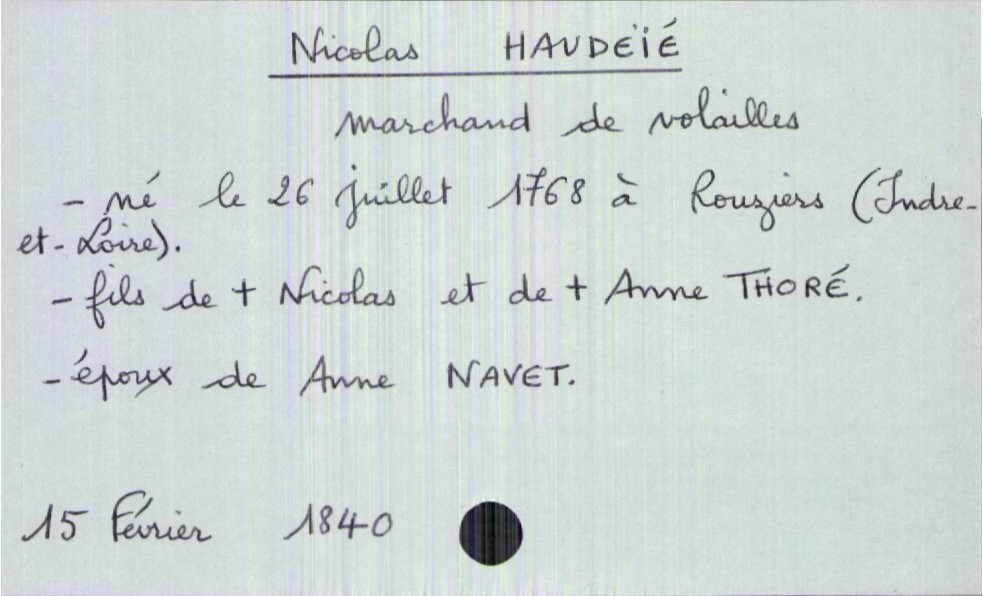
type_acte: Décès
année: 1840
mois: février
jour: 15
défunt_nom: Haudeïé
défunt_prénom: Nicolas
défunt_sexe: H
défunt_profession: marchand de volailles
défunt_date_de_naissance: 26 juillet 1768
défunt_lieu_de_naissance: Rouziers (Indre-et-Loire)
défunt_statut: marié(e)
père_défunt_nom: Haudeïé
père_défunt_prénom: Nicolas
père_défunt_statut: décédé
mère_défunt_nom: Thoré
mère_défunt_prénom: Anne
mère_défunt_statut: décédée